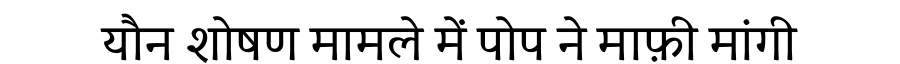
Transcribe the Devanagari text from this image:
यौन शोषण मामले में पोप ने माफ़ी मांगी